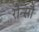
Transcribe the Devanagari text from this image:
रौन्सौ